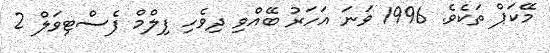
މޭކަޕް ތަކެވެ. 1996 ވަނަ އަހަރު ބޭއްވި ދިވެހި ފިލްމް ފެސްޓިވަލް 2